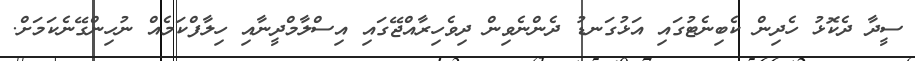
ސީދާ ދެކޮޅު ހެދިން ކެބިނެޓުގައި އަޅުގަނޑު ދެންނެވިން ދިވެހިރާއްޖޭގައި އިސްލާމްދީނާއި ހިލާފްކަމެއް ނުހިންގޭނެކަމަށް.